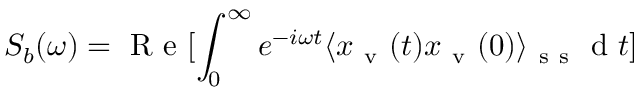
S _ { b } ( \omega ) = \mathrm { ~ R ~ e ~ } [ \int _ { 0 } ^ { \infty } e ^ { - i \omega t } \langle x _ { \mathrm { ~ v ~ } } ( t ) x _ { \mathrm { ~ v ~ } } ( 0 ) \rangle _ { \mathrm { ~ s ~ s ~ } } \mathrm { ~ d ~ } t ]